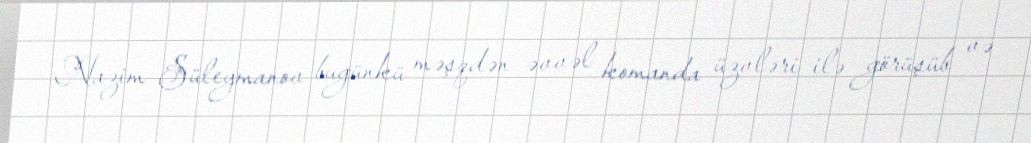
Nazim Süleymanov bugünkü məşqdən əvvəl komanda üzvləri ilə görüşüb və